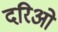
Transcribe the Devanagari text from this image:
दरिओ